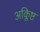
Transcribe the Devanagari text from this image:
अक्लिष्ट